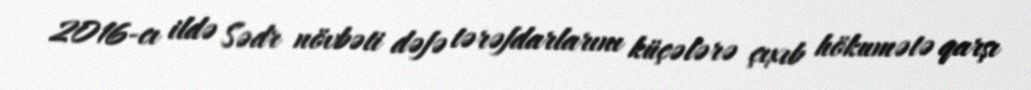
2016-cı ildə Sədr növbəti dəfə tərəfdarlarını küçələrə çıxıb hökumətə qarşı